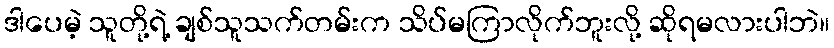
ဒါပေမဲ့ သူတို့ရဲ့ ချစ်သူသက်တမ်းက သိပ်မကြာလိုက်ဘူးလို့ ဆိုရမလားပါဘဲ။